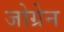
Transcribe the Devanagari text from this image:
जोग्रेन